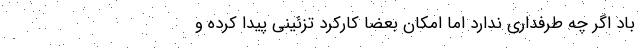
باد اگر چه طرفداری ندارد اما امکان بعضاً کارکرد تزئینی پیدا کرده و